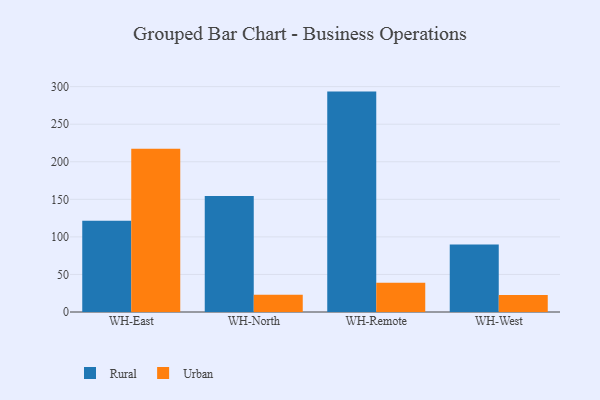
{"axis": {"x": "Warehouse", "y": "Production Output"}, "legend": ["Rural", "Urban"], "data": [{"x": "WH-East", "y": 121.5, "type": "Rural"}, {"x": "WH-East", "y": 217.3, "type": "Urban"}, {"x": "WH-North", "y": 154.5, "type": "Rural"}, {"x": "WH-North", "y": 23.1, "type": "Urban"}, {"x": "WH-Remote", "y": 293.4, "type": "Rural"}, {"x": "WH-Remote", "y": 39.1, "type": "Urban"}, {"x": "WH-West", "y": 89.9, "type": "Rural"}, {"x": "WH-West", "y": 22.5, "type": "Urban"}]}